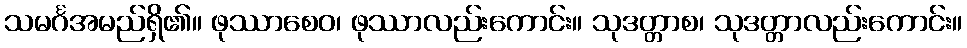
သမင်္ဂအမည်ရှိ၏။ ဖုဿာစေဝ၊ ဖုဿာလည်းကောင်း။ သုဒတ္တာစ၊ သုဒတ္တာလည်းကောင်း။